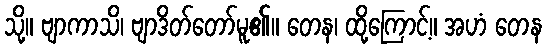
သို့။ ဗျာကာသိ၊ ဗျာဒိတ်တော်မူ၏။ တေန၊ ထို့ကြောင့်။ အဟံ တေန